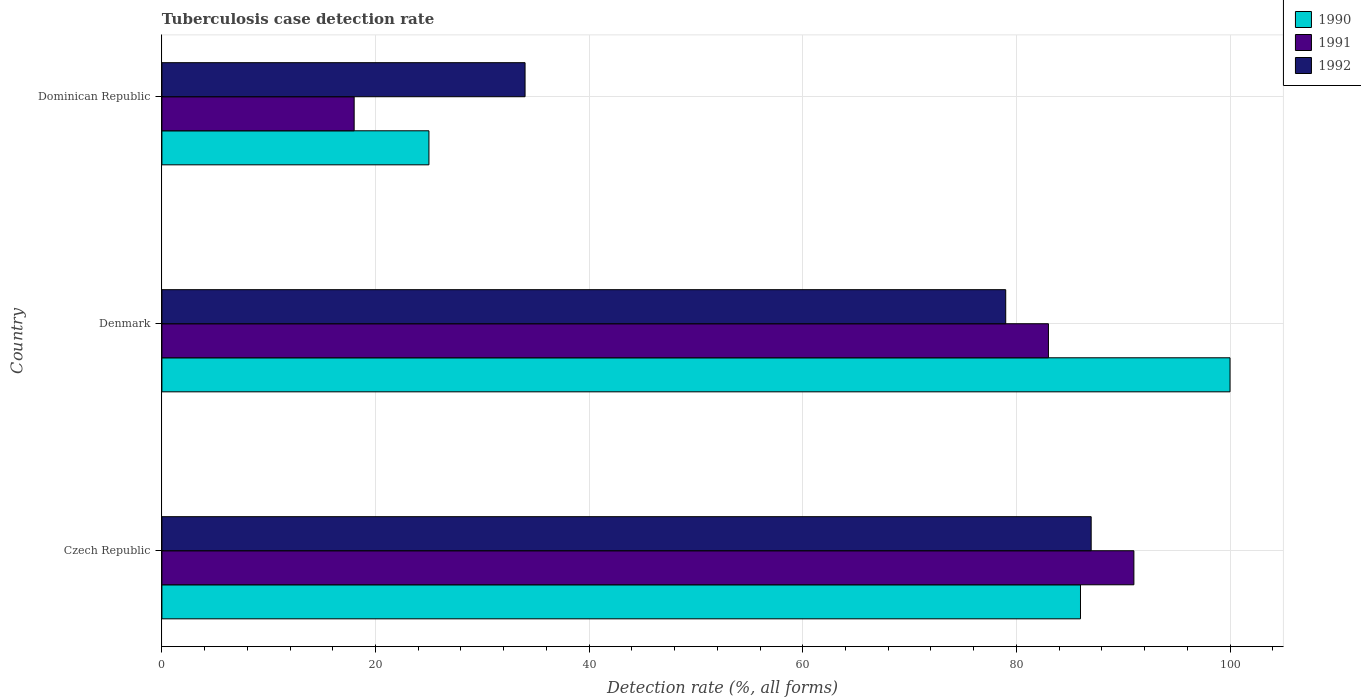
| Country | 1990 | 1991 | 1992 |
 | --- | --- | --- | --- |
 | Czech Republic | 86 | 91 | 87 |
 | Denmark | 100 | 83 | 79 |
 | Dominican Republic | 25 | 18 | 34 |